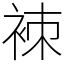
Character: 𧙞